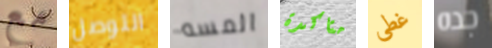
مع التوصل المسه متاكدة غطى جده